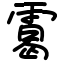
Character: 䨠